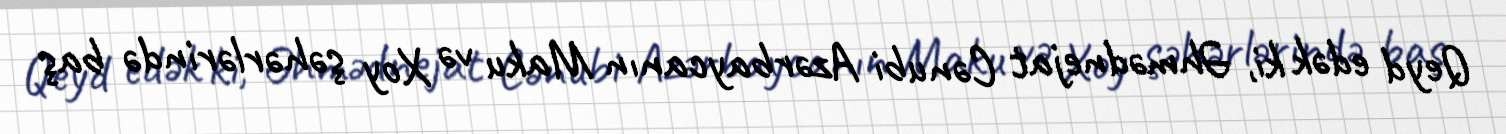
Qeyd edək ki, Əhmədnejat Cənubi Azərbaycanın Maku və Xoy şəhərlərində baş